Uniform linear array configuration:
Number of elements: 12
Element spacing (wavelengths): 0.5
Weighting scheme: kaiser
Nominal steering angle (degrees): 60
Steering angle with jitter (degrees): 58.244
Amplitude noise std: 0.05
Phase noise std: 0.05

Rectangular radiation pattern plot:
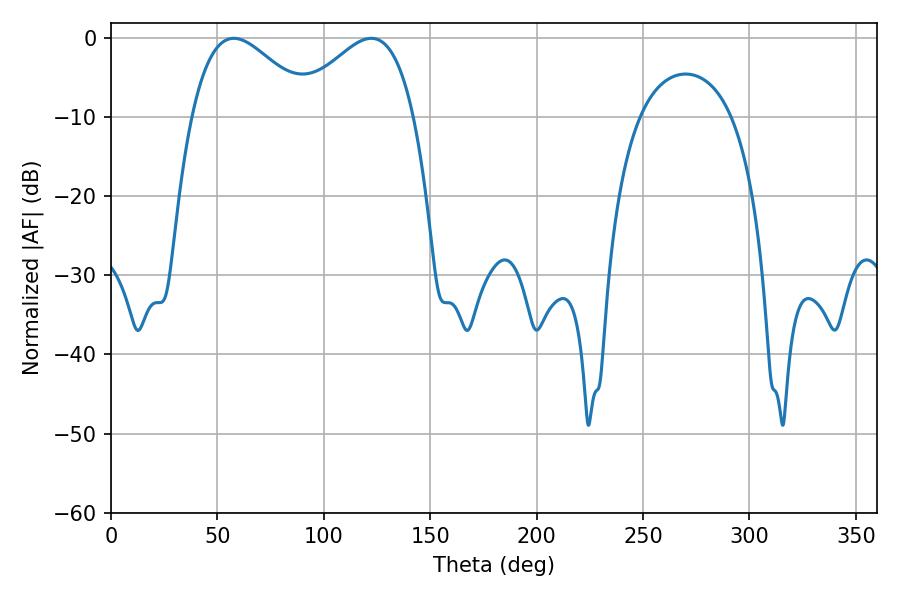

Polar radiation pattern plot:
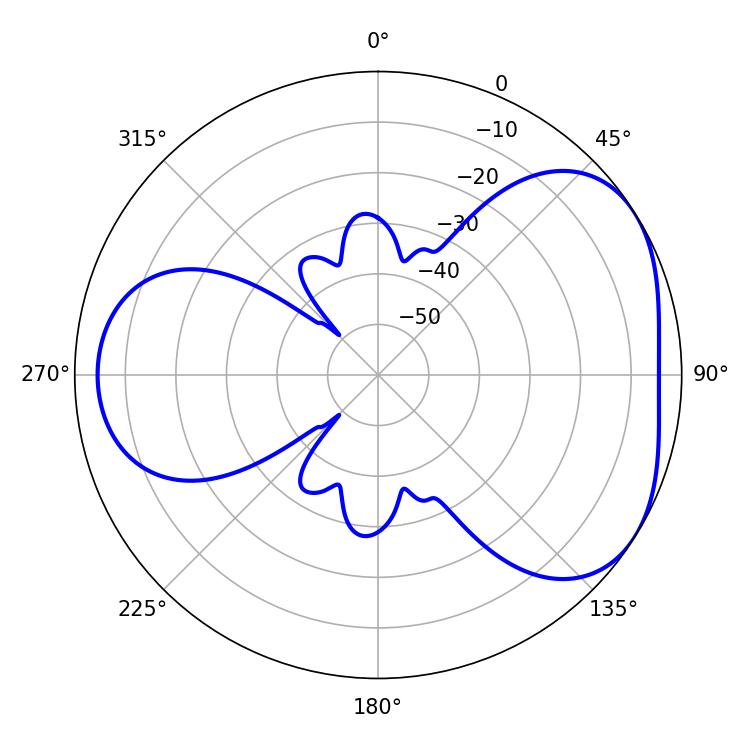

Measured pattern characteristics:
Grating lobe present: FALSE
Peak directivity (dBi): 4.117
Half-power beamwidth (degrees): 30.6
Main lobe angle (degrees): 57.6